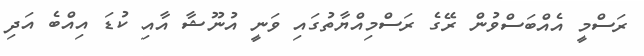
ރަސްމީ އެއްބަސްވުން ރޭގެ ރަސްމިއްޔާތުގައި ވަނީ އުނޫޝާ އާއި ކުޑަ އިއްބެ އަދި